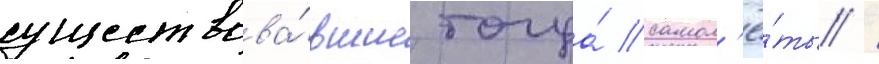
существова́вшие тогда́ самол'ё́ты /